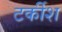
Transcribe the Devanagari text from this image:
टर्कीश